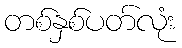
တစ်နှစ်ပတ်လုံး